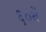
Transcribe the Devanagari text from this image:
६०वें